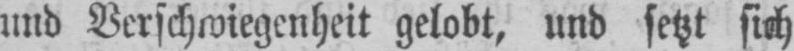
und Verschwiegenheit gelobt, und setzt sich